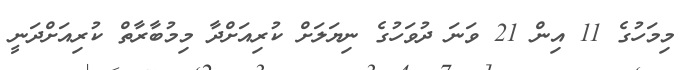
މިމަހުގެ 11 އިން 21 ވަނަ ދުވަހުގެ ނިޔަލަށް ކުރިއަށްދާ މިމުބާރާތް ކުރިއަށްދަނީ